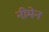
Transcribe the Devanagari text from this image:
नीमेन